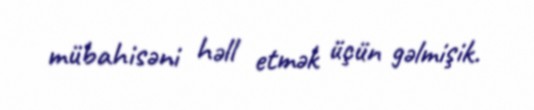
mübahisəni həll etmək üçün gəlmişik.